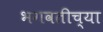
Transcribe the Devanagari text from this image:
भगवतीच्या